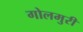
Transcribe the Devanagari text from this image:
गोलमुरी